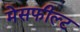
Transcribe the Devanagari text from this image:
मेसफील्ट